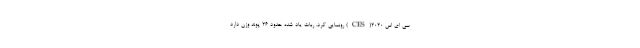
سی ای اس ۲۰۲۰(CES) رونمایی کرد. ربات یاد شده حدود ۲۶ پوند وزن دارد